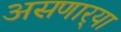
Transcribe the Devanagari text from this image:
असणार्‍या